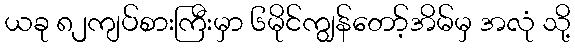
ယခု ၈၂ကျပ်စားကြီးမှာ ၆မိုင်ကျွန်တော့်အိမ်မှ အလုံ သို့